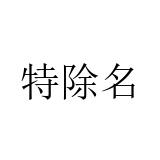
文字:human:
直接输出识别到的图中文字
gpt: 特除名